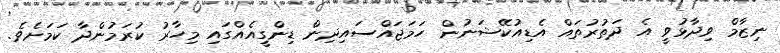
ނިޒާމް ވިދާޅުވީ އެ ދަތުރުތައް އެޑިއުކޭޝަނުން ހަމަޖައްސައިދިން ޑިންގީއެއްގައި މިހާރު ކުރަމުންދާ ކަމަށެވެ.